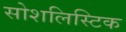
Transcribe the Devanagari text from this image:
सोशलिस्टिक